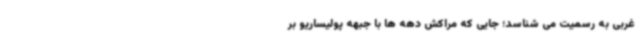
غربی به رسمیت می شناسد؛ جایی که مراکش دهه ها با جبهه پولیساریو بر